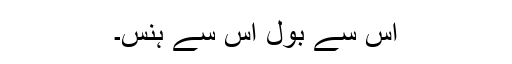
اس سے بول اس سے ہنس۔